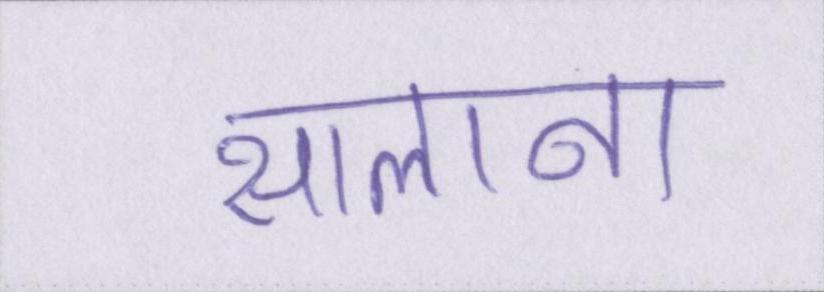
सालाना